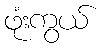
ဖုံးကွယ်